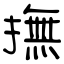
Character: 撫